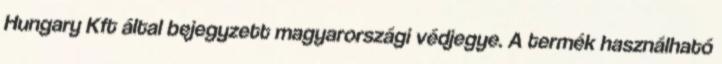
Hungary Kft által bejegyzett magyarországi védjegye. A termék használható